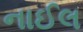
નાઈલ